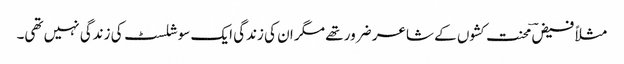
مثلاً فیضؔ محنت کشوں کے شاعر ضرور تھے مگر ان کی زندگی ایک سوشلسٹ کی زندگی نہیں تھی۔